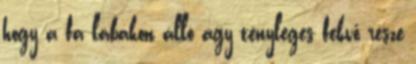
hogy a fa lábakon álló ágy tényleges fekvő része